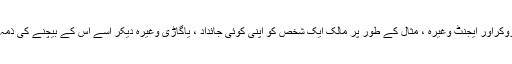
جیسے مینیجر، بروکراور ایجنٹ وغیرہ ، مثال کے طور پر مالک ایک شخص کو اپنی کوئی جائداد ، یاگاڑی وغیرہ دیکر اُسے اس کے بیچنے کی ذمہ داری سونپ دے۔